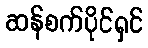
ဆန်စက်ပိုင်ရှင်